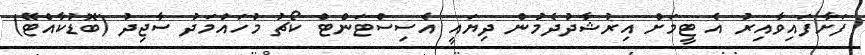
ފަށާފައިވާއިރު އެ ޓީމަށް އިރުޝާދުދެމުން ދިޔައީ އެސިސްޓަންޓް ކޯޗު މުހައްމަދު ސާޖިދު (ބޮޑުކާއްޓޭ)